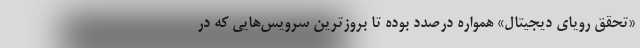
«تحقق رویای دیجیتال» همواره درصدد بوده تا بروزترین سرویس‌هایی که در